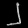
Digit: ၂